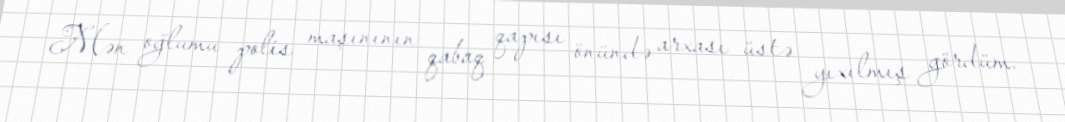
Mən oğlumu polis maşınının qabaq qapısı önündə arxası üstə yıxılmış gördüm.